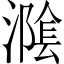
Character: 𭲪